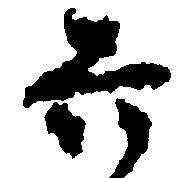
六